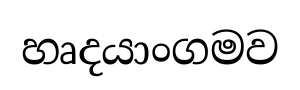
හෘදයාංගමව